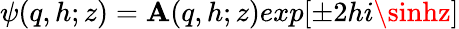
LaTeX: \psi(q,h;z)=\mathbf{A}(q,h;z)exp[\pm2hi\sinhz]